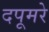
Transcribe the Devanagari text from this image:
दपूमरे